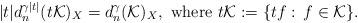
LaTeX: \begin{align*}|t|d_n^{\gamma |t|}(t\mathcal{K})_X=d_n^{\gamma}(\mathcal{K})_X, \mbox{ where } {t \mathcal K}:=\{tf:\,f\in \mathcal K\}.\end{align*}